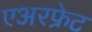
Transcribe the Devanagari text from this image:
एअरफ्रेट